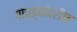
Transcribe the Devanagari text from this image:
गोधड्यांवरील